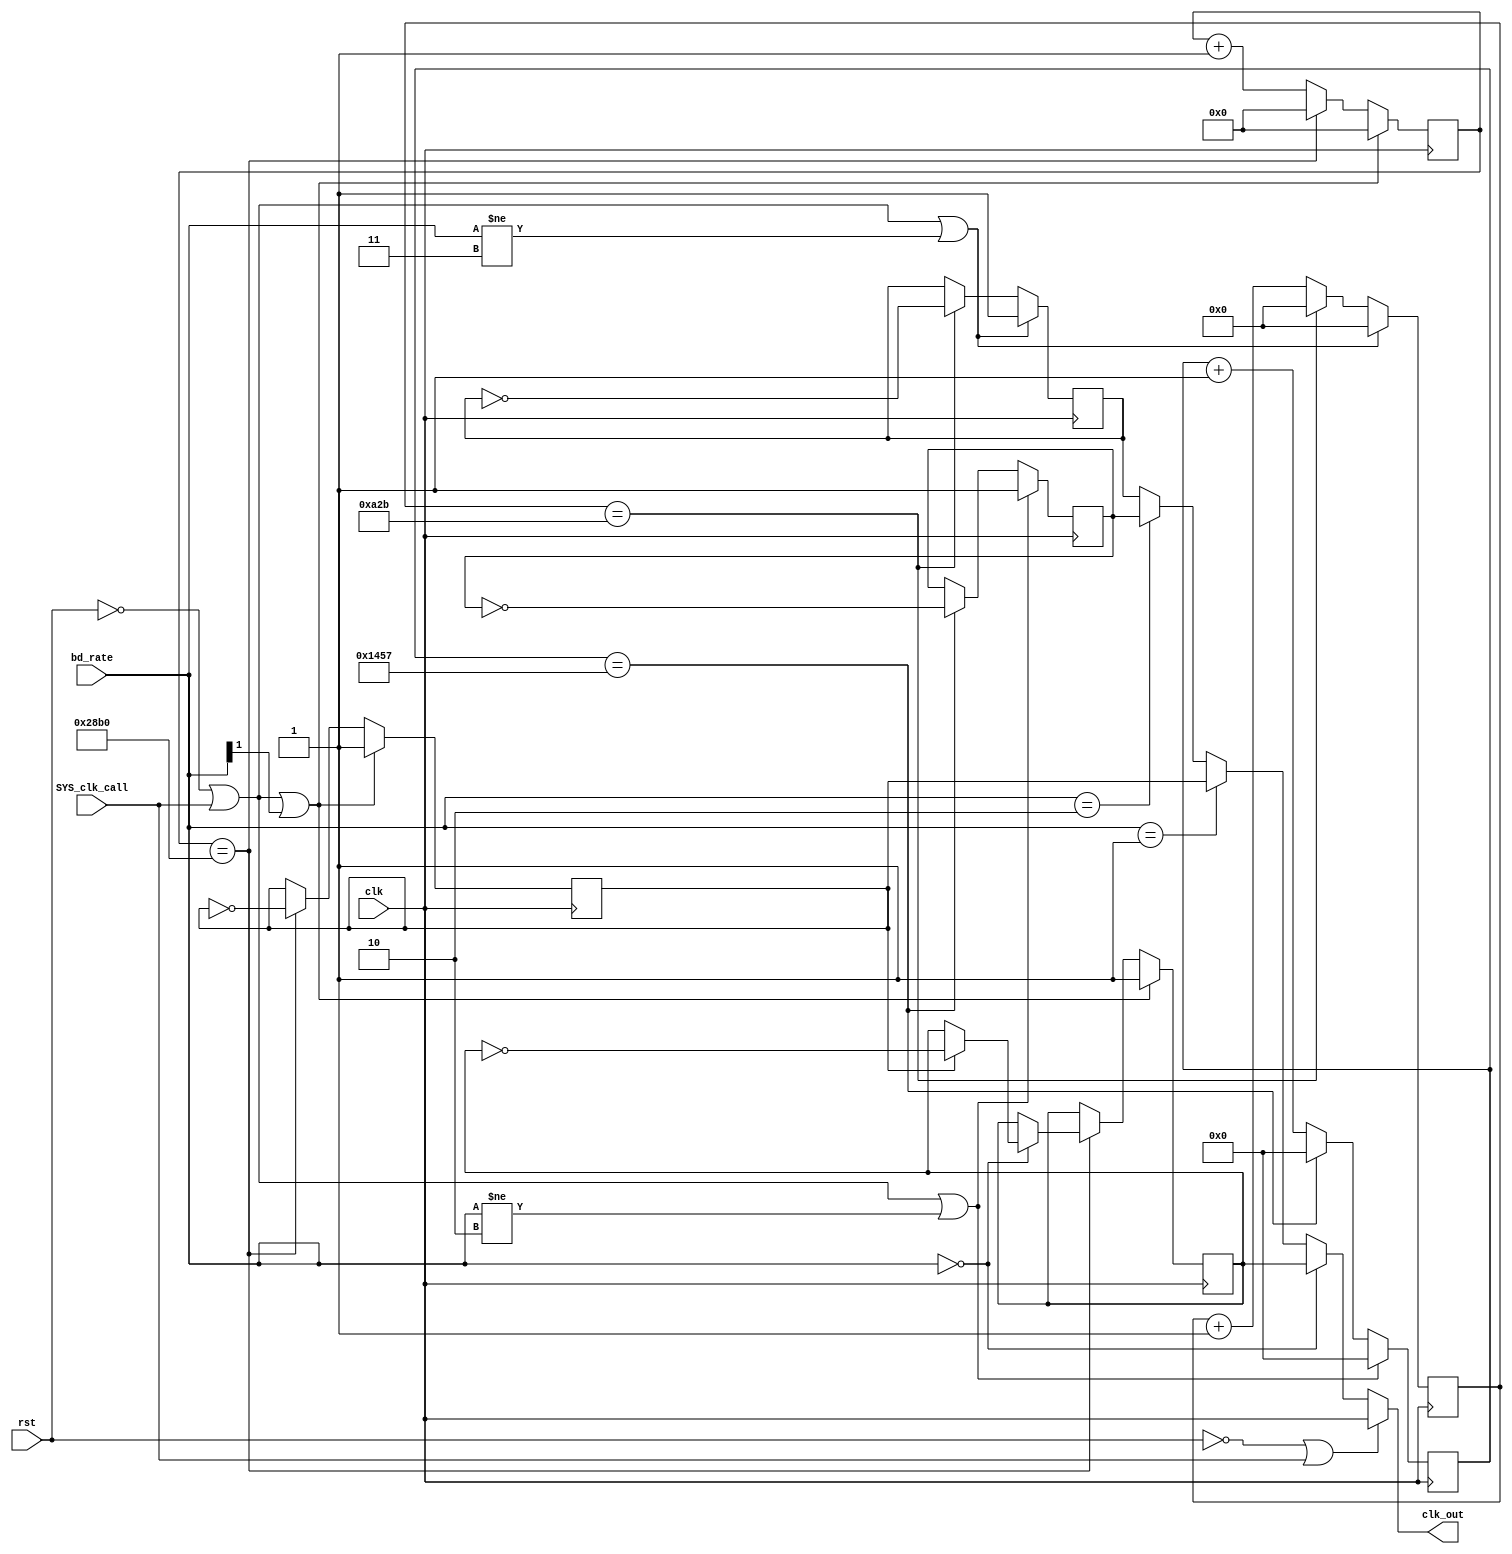

module TX_div (clk,rst,bd_rate,clk_out,SYS_clk_call);
input clk;            //50MHz
input rst;
//active low reset.
input SYS_clk_call;
input [1:0 ]bd_rate;
output clk_out;  //Tx input clk 
 
 
    reg T9600;      //9600 baud rate
    reg T2400;     //2400 baud rate
    reg T4800;    //4800 baud rate
    reg T1200;   //1200 baud rate
    
    
    reg [11:0] TQ9600; //Counter
    reg [13:0] TQ2400; //Counter
    reg [12:0] TQ4800; //Counter

assign clk_out =    (!rst || SYS_clk_call) ? clk   //resetting bypass
                   :(bd_rate == 2'b00)? T1200
                   :(bd_rate == 2'b01)? T2400
                   :(bd_rate == 2'b10)? T4800
                   : T9600 ;

//9600
always @ (posedge(clk))   // trig of reset event handeler 
begin
    if ((rst == 1'b0) || (SYS_clk_call) || (bd_rate != 2'b11)) begin // resetting counter
        TQ9600  <= 12'b0; 
        T9600 <= 1'b1;
    end
    else begin
     if (TQ9600 == 12'd2603) begin
     TQ9600  <= 12'b0; 
     T9600 <= ~T9600; 
        end 
        else begin
       TQ9600 <= TQ9600 + 12'd1;
        end
    end
end


//2400 //1200
always @ (posedge(clk))   // trig of reset event handeler 
begin
    if ((rst == 1'b0) || (SYS_clk_call) || (bd_rate[1] == 1'b1)) begin // resetting counter
        TQ2400  <= 14'b0; 
        T2400 <= 1'b1;
        
        T1200 <= 1'b1;
    end
    else begin
     if (TQ2400 == 14'd10416) begin
     TQ2400  <= 14'b0; 
     T2400 <= ~T2400;
     
     if (bd_rate == 2'b00) begin
       T1200 <= T2400 ? ~T1200 : T1200;
     end
        end 
        else begin
       TQ2400 <= TQ2400 + 14'd1;
        end
    end
end


//4800
always @ (posedge(clk))   // trig of reset event handeler 
begin
    if ((rst == 1'b0) || (SYS_clk_call) || (bd_rate != 2'b10)) begin // resetting counter
        TQ4800  <= 13'b0; 
        T4800 <= 1'b1;
    end
    else begin
     if (TQ4800 == 13'd5207) begin
     TQ4800  <= 13'b0; 
     T4800 <= ~T4800; 
        end 
        else begin
       TQ4800 <= TQ4800 + 13'd1;
        end
    end
end



endmodule